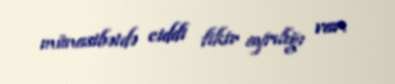
münasibətdə ciddi fikir ayrılığı var.